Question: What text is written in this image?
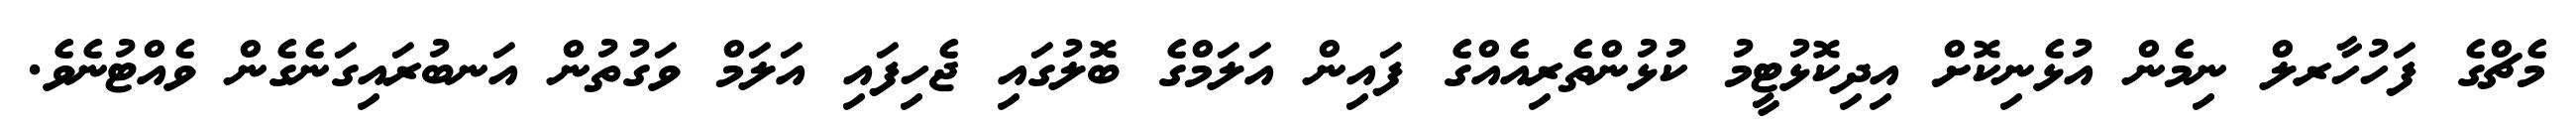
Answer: މެޗްގެ ފަހުހާރލް ނިމެން އުޅެނިކޮށް އިދިކޮޅުޓީމު ކުޅުންތެރިއެއްގެ ފައިން އަލަމްގެ ބޮލުގައި ޖެހިފައި އަލަމް ވަގުތުން އަނބުރައިގަނެގެން ވެއްޓުނެވެ.